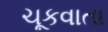
ચૂકવાતા